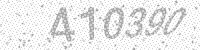
Solution: 410390